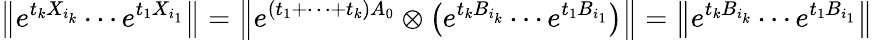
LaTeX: \left\| e^{t_{k}X_{i_{k}}}\cdots e^{t_{1}X_{i_{1}}}\right\| =\left\| e^{(t_{1}+\cdots+t_{k})A_{0}}\otimes\left(e^{t_{k}B_{i_{k}}}\cdots e^{t_{1}B_{i_{1}}}\right)\right\| =\left\| e^{t_{k}B_{i_{k}}}\cdots e^{t_{1}B_{i_{1}}}\right\|